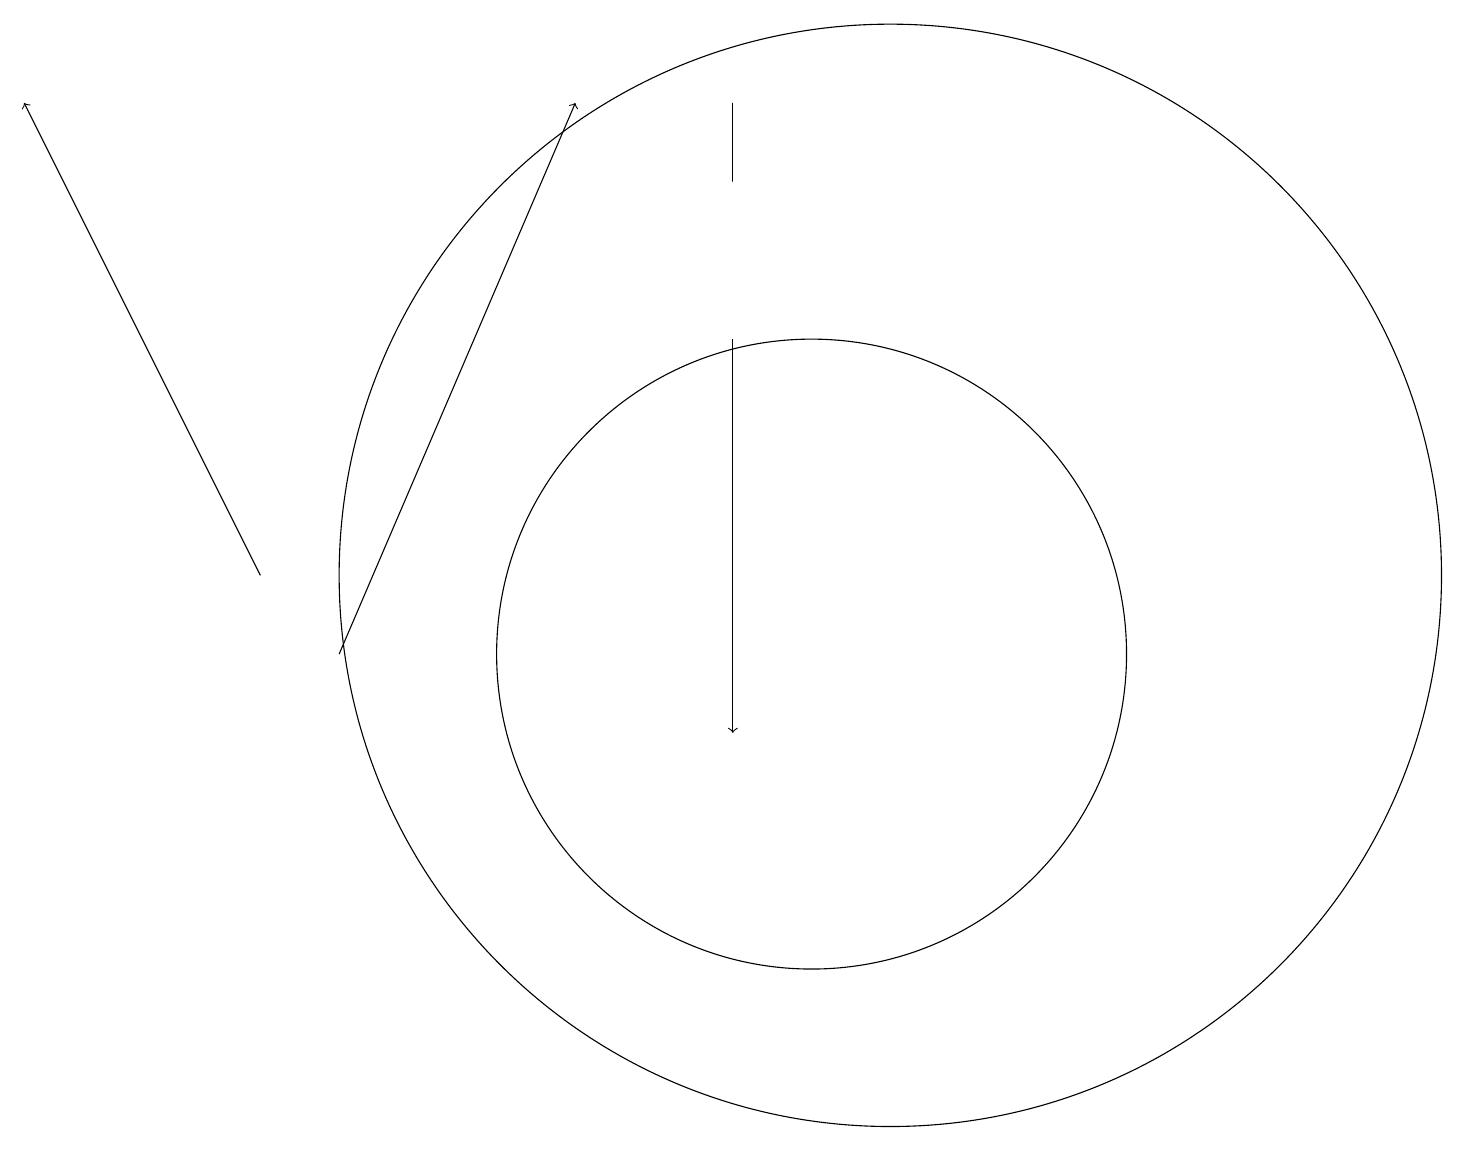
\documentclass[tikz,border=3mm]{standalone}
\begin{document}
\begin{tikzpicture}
\draw (11,12) circle (7);
\draw[->] (3,12) -- (0,18);
\draw (10,11) circle (4);
\draw[->] (9,15) -- (9,10);
\draw (9,17) rectangle (9,18);
\draw[->] (4,11) -- (7,18);
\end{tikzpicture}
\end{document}